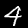
Digit: 4